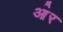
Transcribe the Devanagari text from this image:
आ॓र